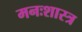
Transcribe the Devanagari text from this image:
मनःशास्त्र